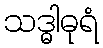
သဒ္ဓါဓုရံ